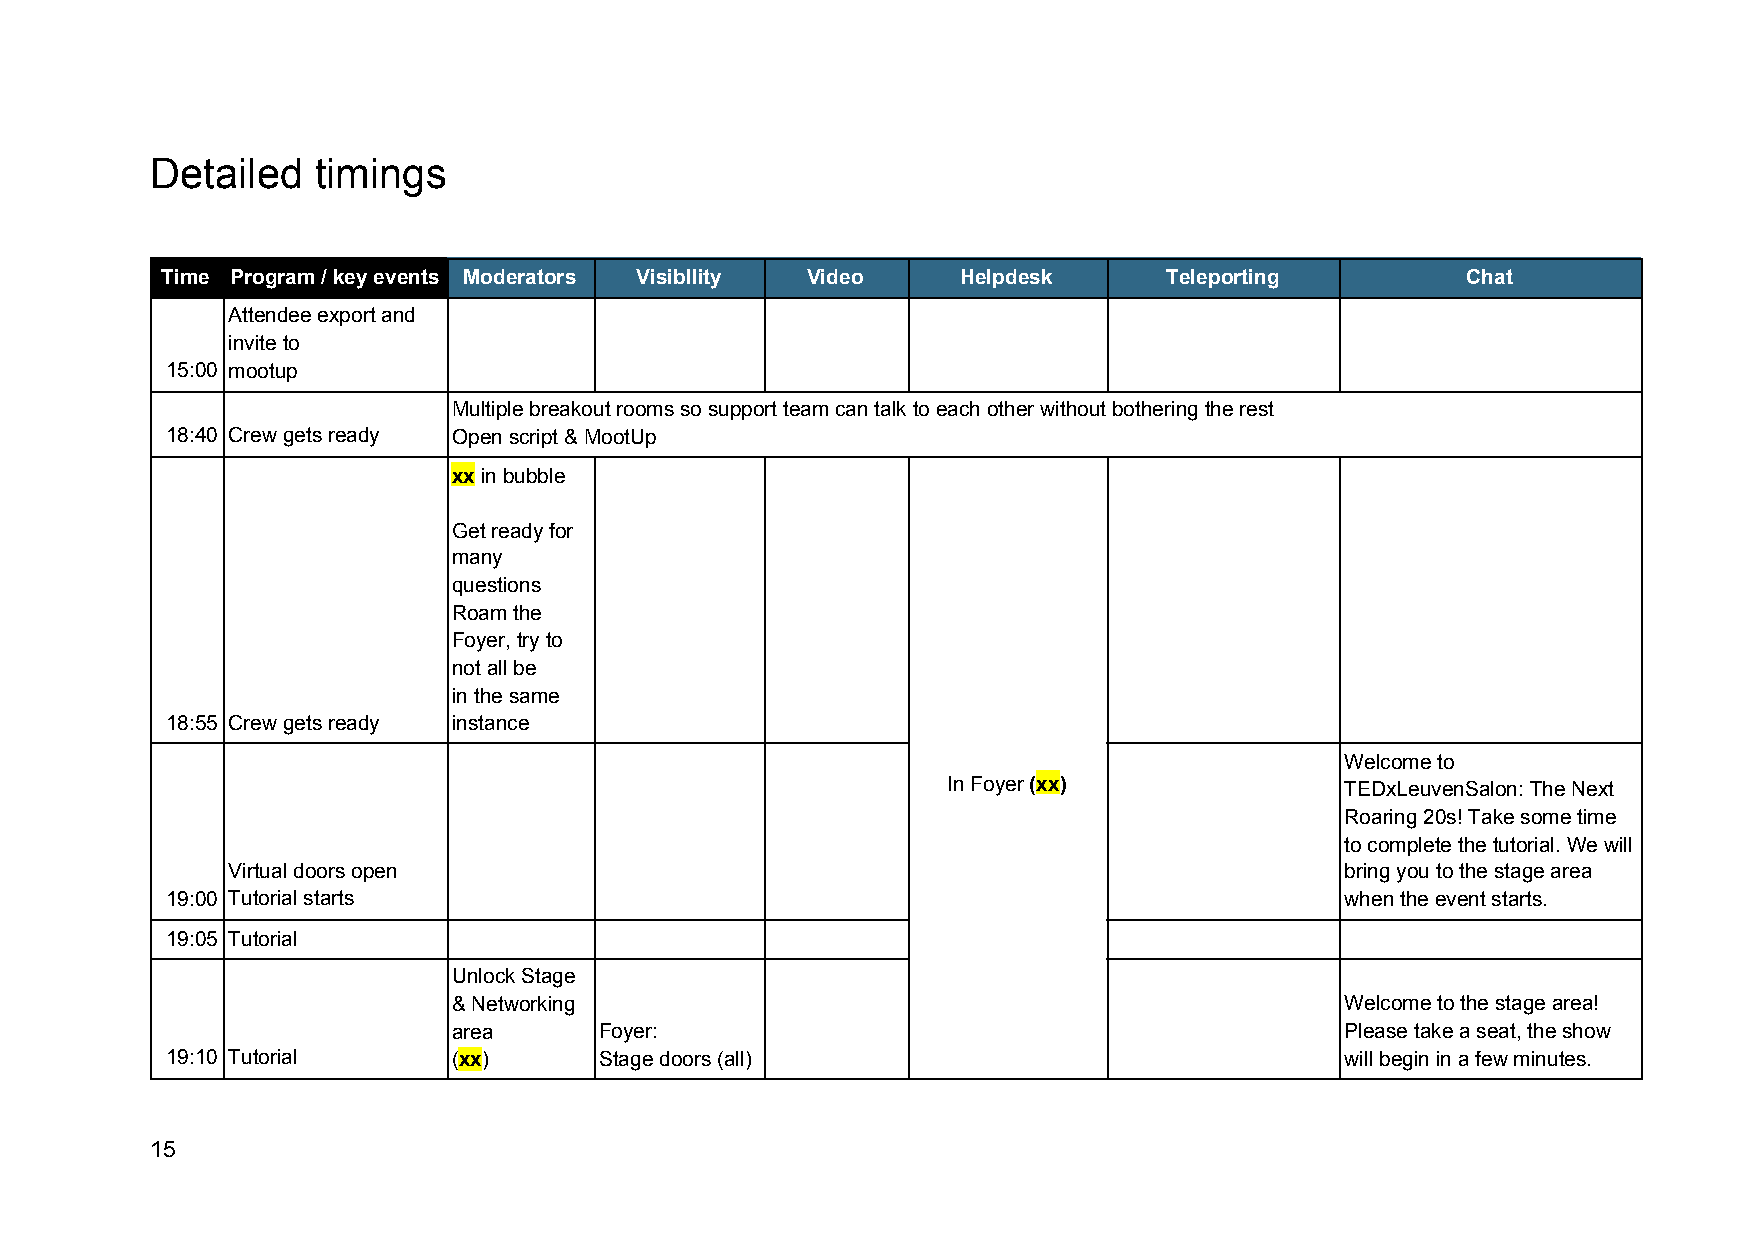
Detailed   timings
 Time Program / key events Moderators Visibllity Video Helpdesk    Teleporting         Chat
 Attendee export and
 invite to
 15:00 mootup
 Multiple breakout rooms so support team can talk to each other without bothering the rest
 18:40 Crew gets ready Open script & MootUp
 xx in bubble
 ​
 Get ready for
 many
 questions
 Roam the
 Foyer, try to
 not all be
 in the same
 18:55 Crew gets ready instance
 Welcome to
 In Foyer (xx)             TEDxLeuvenSalon: The Next
 ​ ​ ​
 Roaring 20s! Take some time
 to complete the tutorial. We will
 Virtual doors open                                                        bring you to the stage area
 19:00 Tutorial starts                                                         when the event starts.
 19:05 Tutorial
 Unlock Stage
 & Networking                                               Welcome to the stage area!
 area      Foyer:                                           Please take a seat, the show
 19:10 Tutorial     (xx)      Stage doors (all)                                will begin in a few minutes.
 ​ ​
 15